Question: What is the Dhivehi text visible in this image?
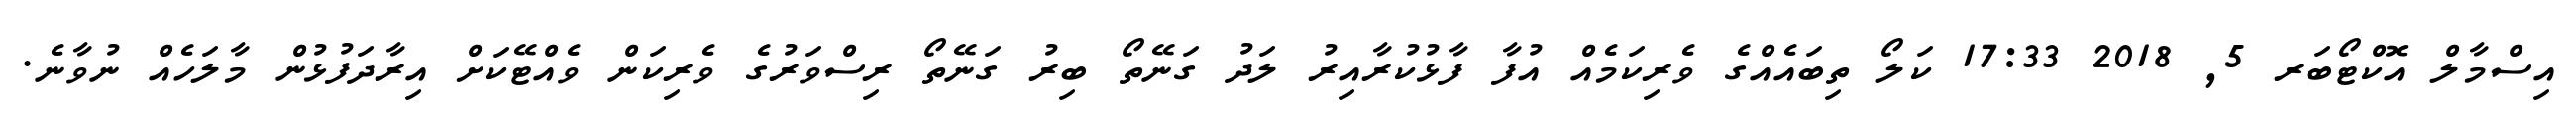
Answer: އިސްމާލް އޮކްޓޯބަރ 5, 2018 17:33 ކަލޯ ތިބައެއްގެ ވެރިކަމެއް އުފާ ފާޅުކުރާއިރު ލަދު ގަނޭތޯ ބިރު ގަނޭތޯ ރިސްވަރުގެ ވެރިކަން ވެއްޓޭކަށް އިރާދަފުޅުން މާލަހެއް ނުވާނެ.